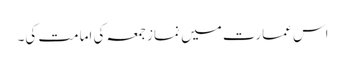
اس عمارت میں نماز جمعہ کی امامت کی۔